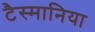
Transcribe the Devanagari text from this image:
टैस्मानिया